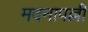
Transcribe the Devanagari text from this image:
मदनापल्ली